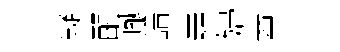
嶷醒𪩘譜嶤婦尊